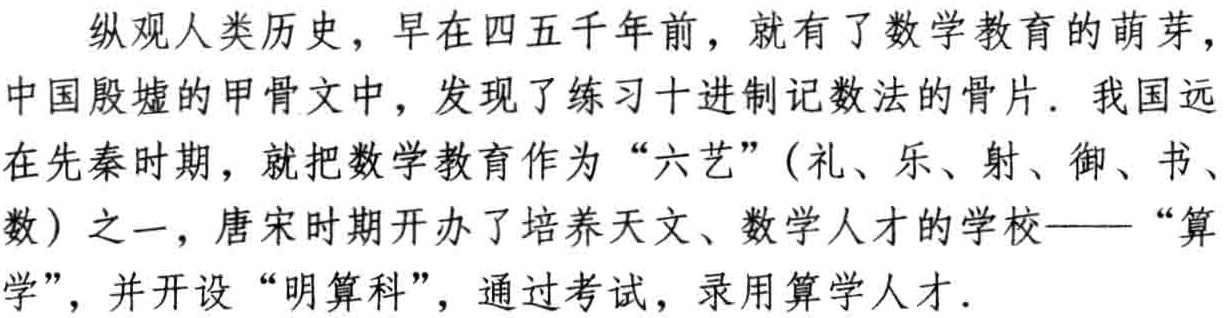
纵观人类历史，早在四五千年前，就有了数学教育的萌芽，中国殷墟的甲骨文中，发现了练习十进制记数法的骨片．我国远在先秦时期，就把数学教育作为“六艺”(礼、乐、射、御、书、数) 之一，唐宋时期开办了培养天文、数学人才的学校——“算学”，并开设“明算科”，通过考试，录用算学人才．